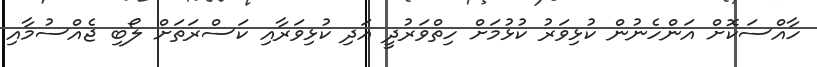
ހާއްސަކޮށް އަންހެނުން ކުޅިވަރު ކުޅުމަށް ހިތްވަރުދީ އަދި ކުޅިވަރާއި ކަސްރަަތަށް ލޯބި ޖެއްސުމާއި